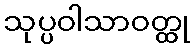
သုပ္ပဝါသာဝတ္ထု